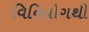
વિનિયોગથી